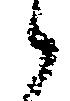
候